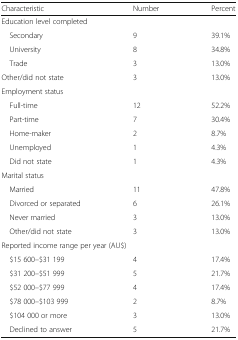
| Characteristic | Number | Percent |
 | --- | --- | --- |
 | <COLSPAN=3> Education level completed |
 | Secondary | 9 | 39.1% |
 | University | 8 | 34.8% |
 | Trade | 3 | 13.0% |
 | Other/did not state | 3 | 13.0% |
 | <COLSPAN=3> Employment status |
 | Full-time | 12 | 52.2% |
 | Part-time | 7 | 30.4% |
 | Home-maker | 2 | 8.7% |
 | Unemployed | 1 | 4.3% |
 | Did not state | 1 | 4.3% |
 | Marital status |  |  |
 | Married | 11 | 47.8% |
 | Divorced or separated | 6 | 26.1% |
 | Never married | 3 | 13.0% |
 | Other/did not state | 3 | 13.0% |
 | <COLSPAN=3> Reported income range per year (AU$) |
 | $15 600–$31 199 | 4 | 17.4% |
 | $31 200–$51 999 | 5 | 21.7% |
 | $52 000–$77 999 | 4 | 17.4% |
 | $78 000–$103 999 | 2 | 8.7% |
 | $104 000 or more | 3 | 13.0% |
 | Declined to answer | 5 | 21.7% |